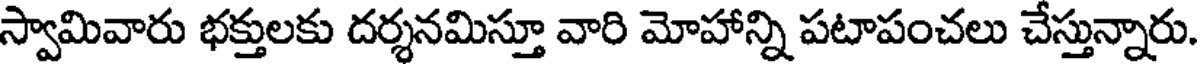
స్వామివారు భక్తులకు దర్శనమిస్తూ వారి మోహాన్ని పటాపంచలు చేస్తున్నారు.